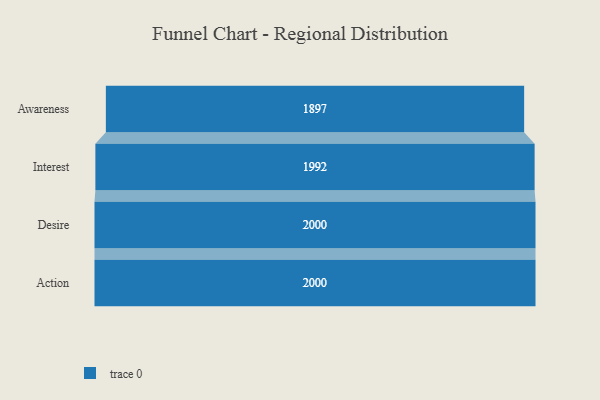
{"axis": {"x": "Stage", "y": "Value"}, "legend": [""], "data": [{"x": "Awareness", "y": 1897.0, "type": ""}, {"x": "Interest", "y": 1992.0, "type": ""}, {"x": "Desire", "y": 2000, "type": ""}, {"x": "Action", "y": 2000, "type": ""}]}